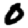
Digit: 0